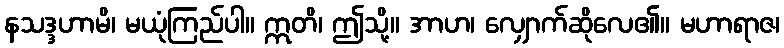
နသဒ္ဒဟာမိ၊ မယုံကြည်ပါ။ ဣတိ၊ ဤသို့။ အာဟ၊ လျှောက်ဆိုလေ၏။ မဟာရာဇ၊